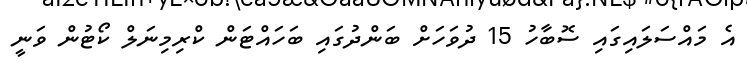
އެ މައްސަލައިގައި ސޮބާހު 15 ދުވަހަށް ބަންދުގައި ބަހައްޓަން ކްރިމިނަލް ކޯޓުން ވަނީ